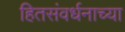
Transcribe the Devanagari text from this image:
हितसंवर्धनाच्या